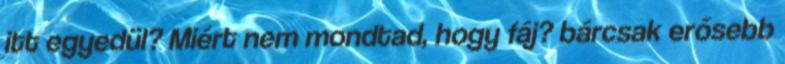
itt egyedül? Miért nem mondtad, hogy fáj? bárcsak erősebb